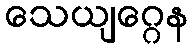
သေယျဂ္ဂေန